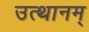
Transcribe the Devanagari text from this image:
उत्थानम्